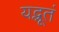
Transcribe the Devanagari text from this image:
यद्भूतं